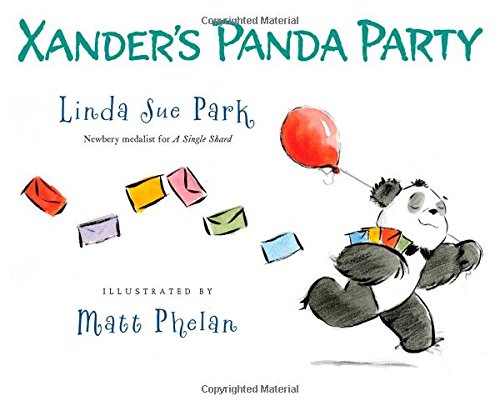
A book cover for Xander's Panda Party; Linda Sue Park; Children's Books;